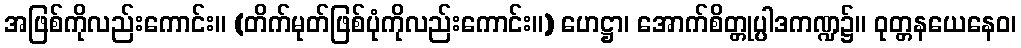
အဖြစ်ကိုလည်းကောင်း။ (တိက်မုတ်ဖြစ်ပုံကိုလည်းကောင်း။) ဟေဋ္ဌာ၊ အောက်စိတ္တုပ္ပါဒကဏ္ဍ၌။ ဝုတ္တနယေနေဝ၊